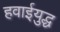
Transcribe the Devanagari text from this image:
हवाईयुद्ध